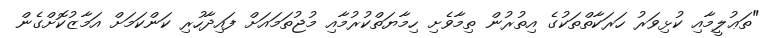
"ތަޢުލީމާއި ކުޅިވަރު ހަރަކާތްތަކުގެ އިތުރުން ތިމާވެށި ހިމާޔަތްކުރުމާއި މުޖުތަމައަށް ފައިދާހުރި ކަންކަމަށް އަމާޒުކޮށްގެން